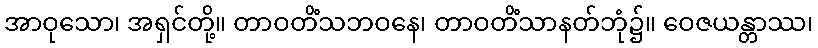
အာဝုသော၊ အရှင်တို့။ တာဝတိံသဘဝနေ၊ တာဝတိံသာနတ်ဘုံ၌။ ဝေဇယန္တာဿ၊